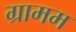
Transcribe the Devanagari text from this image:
ग्रामम